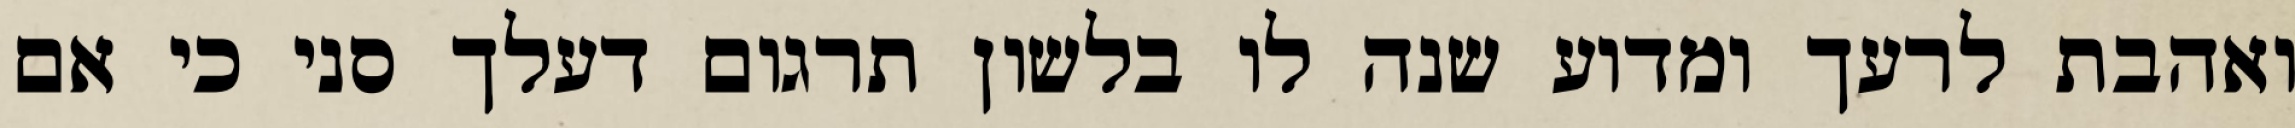
ואהבת לרעך ומדוע שנה לו בלשון תרגום דעלך סני כי אם